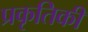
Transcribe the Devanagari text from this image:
प्रकृतिकी